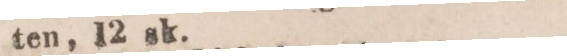
ten, 12 sk.